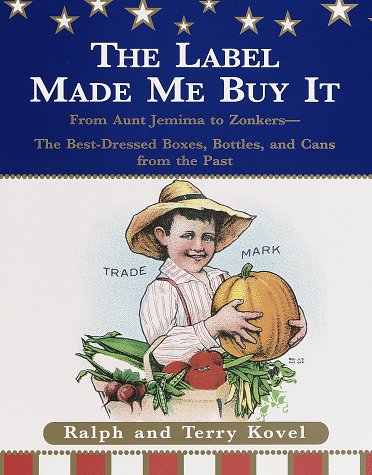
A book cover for The Label Made Me Buy It: The Best-Dressed Boxes, Bottles and Cans From Aunt Jemima to Zonkers; Ralph Kovel; Crafts, Hobbies & Home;